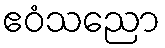
ဧဝံသညော